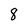
Character: 8